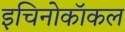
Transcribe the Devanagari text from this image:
इचिनोकॉकल